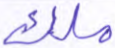
ملك